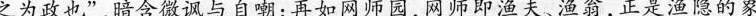
之为政也”,暗含微讽与自嘲;再如网师园，网师即渔夫、渔翁，正是渔隐的象